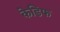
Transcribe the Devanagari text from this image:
केडिफ